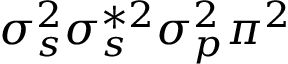
\sigma _ { s } ^ { 2 } \sigma _ { s } ^ { * 2 } \sigma _ { p } ^ { 2 } \pi ^ { 2 }